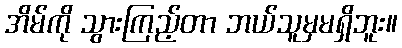
အိမ်ကို သွားကြည့်တာ ဘယ်သူမှမရှိဘူး။